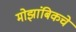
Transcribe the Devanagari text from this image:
मोझांबिकचे